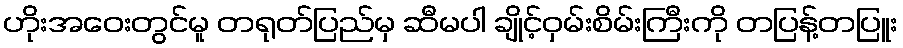
ဟိုးအဝေးတွင်မူ တရုတ်ပြည်မှ ဆီမပါ ချိုင့်ဝှမ်းစိမ်းကြီးကို တပြန့်တပြူး